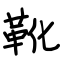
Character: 靴